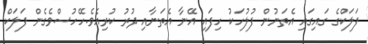
ފަލަކްގެ ގައިގައި އެތަނުން ފުލުހަކު ހިފައި އޭނާ އެތަނާއި ދުރު ކުރިއެވެ.ހޭހުސްވެގެން ފަލަކް